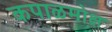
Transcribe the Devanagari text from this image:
कपाळमोक्ष